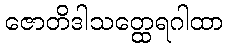
ဇောတိဒါသတ္ထေရဂါထာ